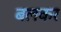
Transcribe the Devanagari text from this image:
बलकर